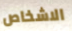
الاشخاص